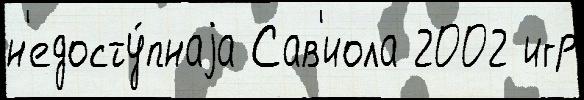
н'едосту́пнаjа Сав'иола 2002 игр